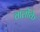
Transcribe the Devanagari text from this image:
वालोंके